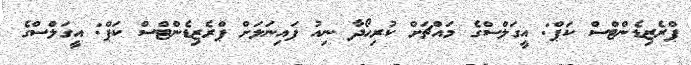
ޕްރެޒިޑެންޓްސް ކަޕް: އީގަލްސްގެ މައްޗަށް ކުރިހޯދާ ނިއު ފައިނަލަށް ޕްރެޒިޑެންޓްސް ކަޕް: އީގަލްސްގެ